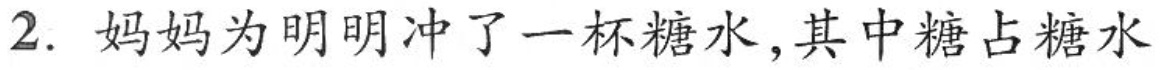
2.妈妈为明明冲了一杯糖水，其中糖占糖水